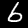
Digit: 6